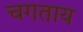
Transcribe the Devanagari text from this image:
चगताय